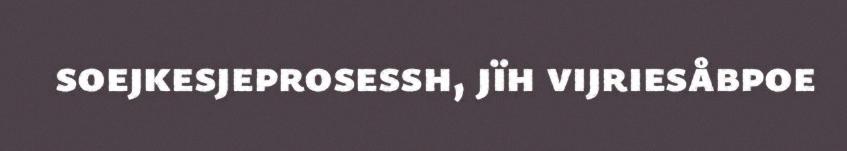
soejkesjeprosessh, jïh vijriesåbpoe